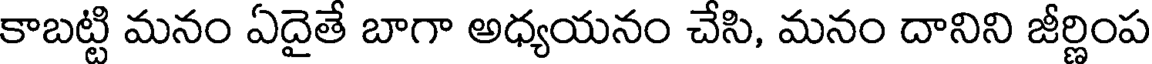
కాబట్టి మనం ఏదైతే బాగా అధ్యయనం చేసి, మనం దానిని జీర్ణింప